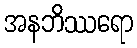
အနဘိဿရော